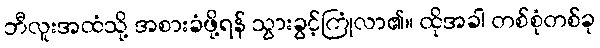
ဘီလူးအထံသို့ အစားခံဖို့ရန် သွားခွင့်ကြုံလာ၏။ ထိုအခါ တစ်စုံတစ်ခု